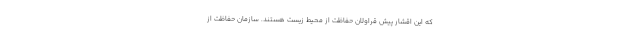
که این اقشار پیش قراولان حفاظت از محیط زیست هستند. سازمان حفاظت از